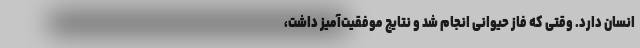
انسان دارد. وقتی که فاز حیوانی انجام شد و نتایج موفقیت‌آمیز داشت،